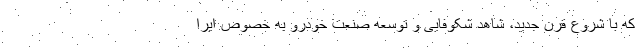
که با شروع قرن جدید، شاهد شکوفایی و توسعه صنعت خودرو به خصوص ایرا